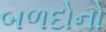
બળદોનો